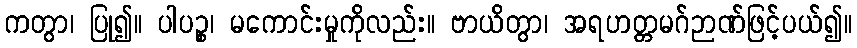
ကတွာ၊ ပြု၍။ ပါပဉ္စ၊ မကောင်းမှုကိုလည်း။ ဗာယိတွာ၊ အရဟတ္တမဂ်ဉာဏ်ဖြင့်ပယ်၍။